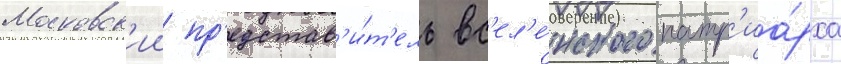
Московск'ии пр'едстав'и́т'ель вс'ел'е́нского патр'иа́рха